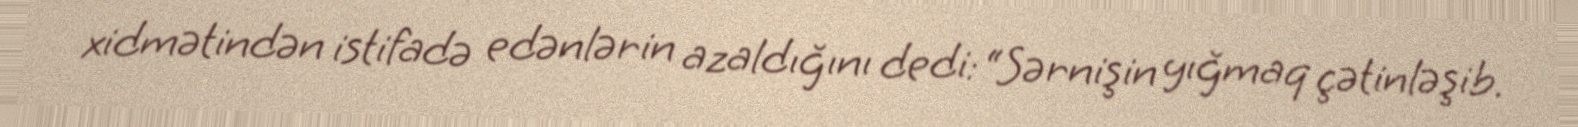
xidmətindən istifadə edənlərin azaldığını dedi: “Sərnişin yığmaq çətinləşib.